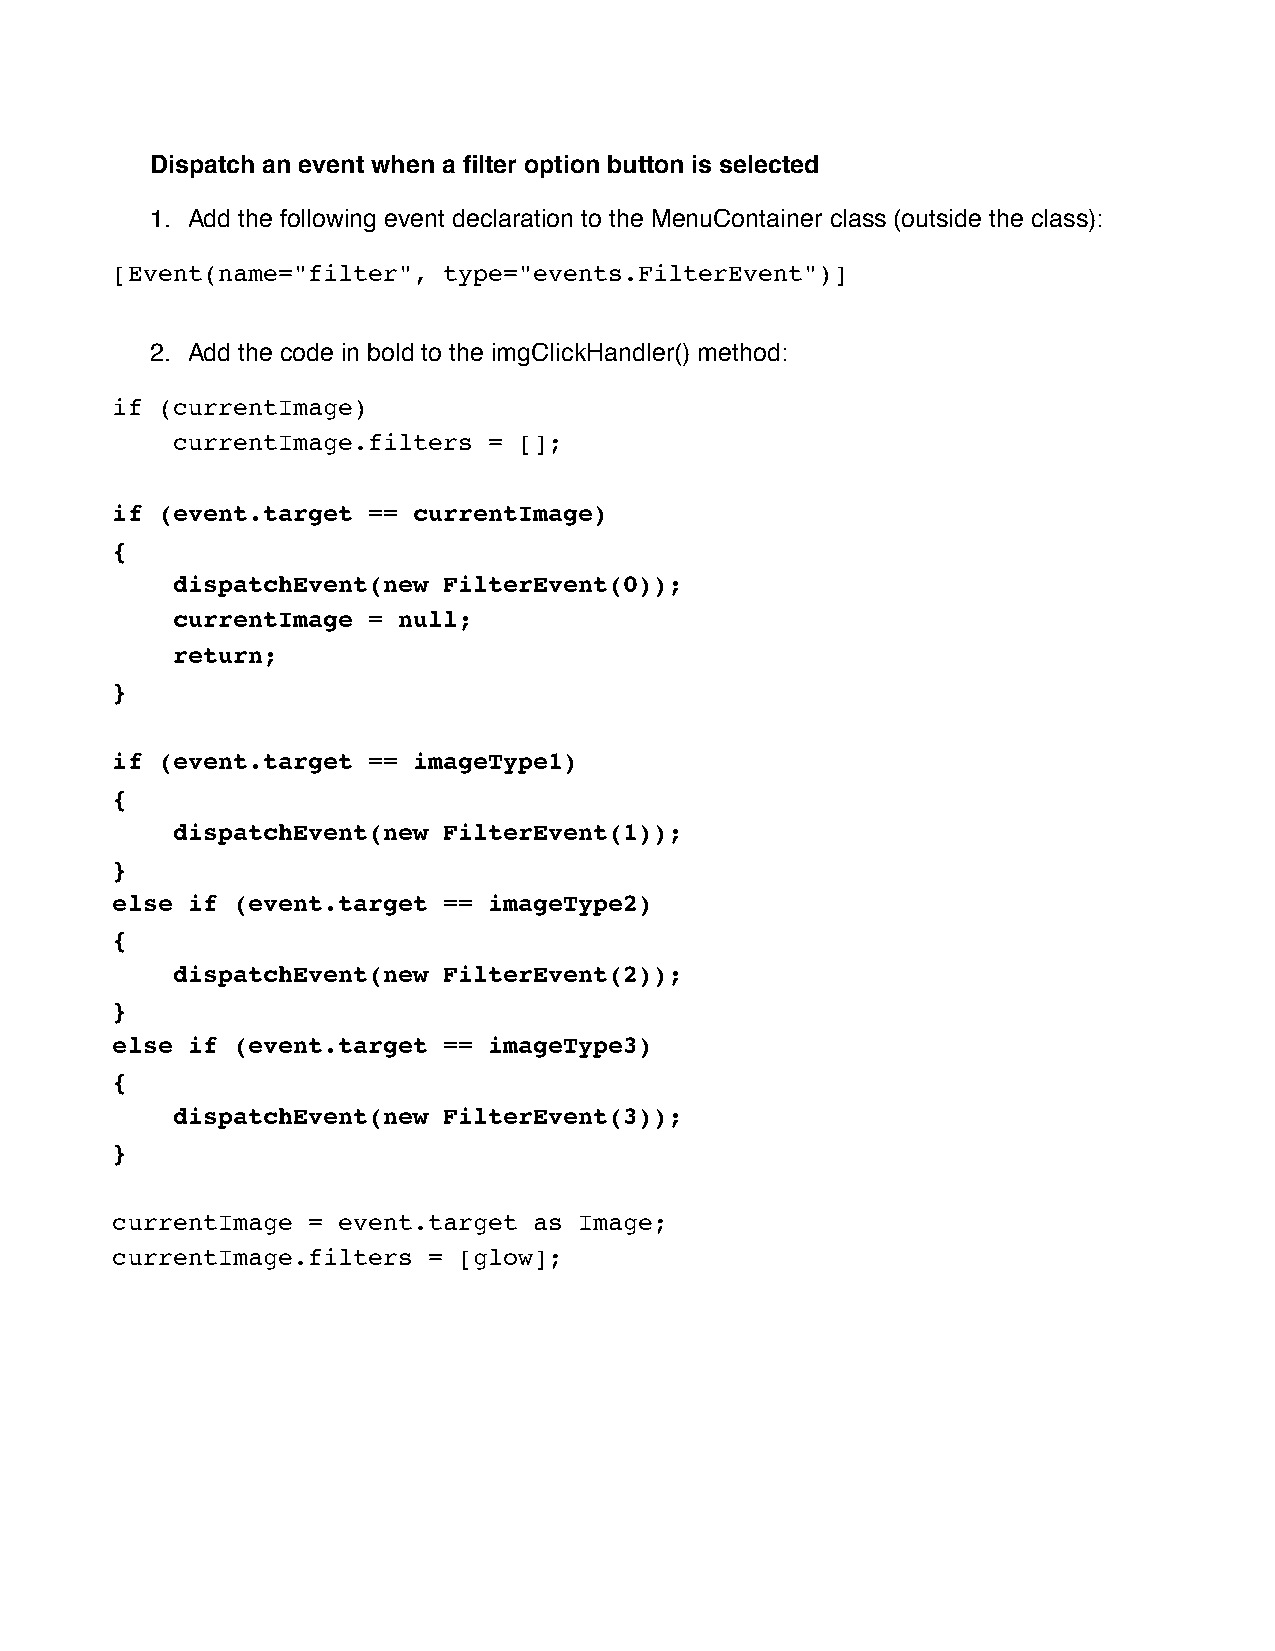
Dispatch an event when a filter option button is selected
 1. Add the following event declaration to the MenuContainer class (outside the class):
 [Event(name="filter", type="events.FilterEvent")]
 2. Add the code in bold to the imgClickHandler() method:
 if (currentImage)
 currentImage.filters = [];
 if (event.target == currentImage)
 {
 dispatchEvent(new FilterEvent(0));
 currentImage = null;
 return;
 }
 if (event.target == imageType1)
 {
 dispatchEvent(new FilterEvent(1));
 }
 else if (event.target == imageType2)
 {
 dispatchEvent(new FilterEvent(2));
 }
 else if (event.target == imageType3)
 {
 dispatchEvent(new FilterEvent(3));
 }
 currentImage = event.target as Image;
 currentImage.filters = [glow];